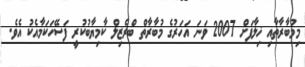
މިމުބާރާތާއި ޚިލާފަށް 2007 ވަނަ އަހަރުގެ މުބާރާތް ބްރެޒިލް ކާމިޔާބުކުރީ ފަސޭހަކަމާއެކު އެވެ.